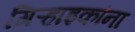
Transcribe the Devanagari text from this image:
गिऱ्हाइकांना